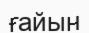
ғайын